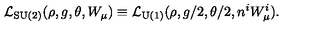
{ \cal L } _ { \mathrm { S U ( 2 ) } } ( \rho , g , \theta , W _ { \mu } ) \equiv { \cal L } _ { \mathrm { U ( 1 ) } } ( \rho , g / 2 , \theta / 2 , n ^ { i } W _ { \mu } ^ { i } ) .